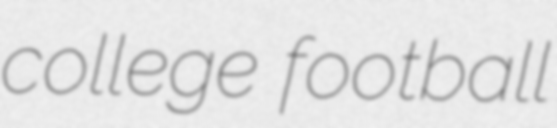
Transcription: college football